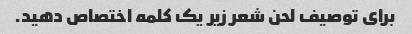
برای توصیف لحن شعر زیر یک کلمه اختصاص دهید.